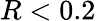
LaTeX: R<0.2